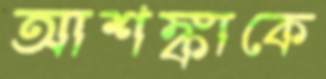
আশঙ্কাকে